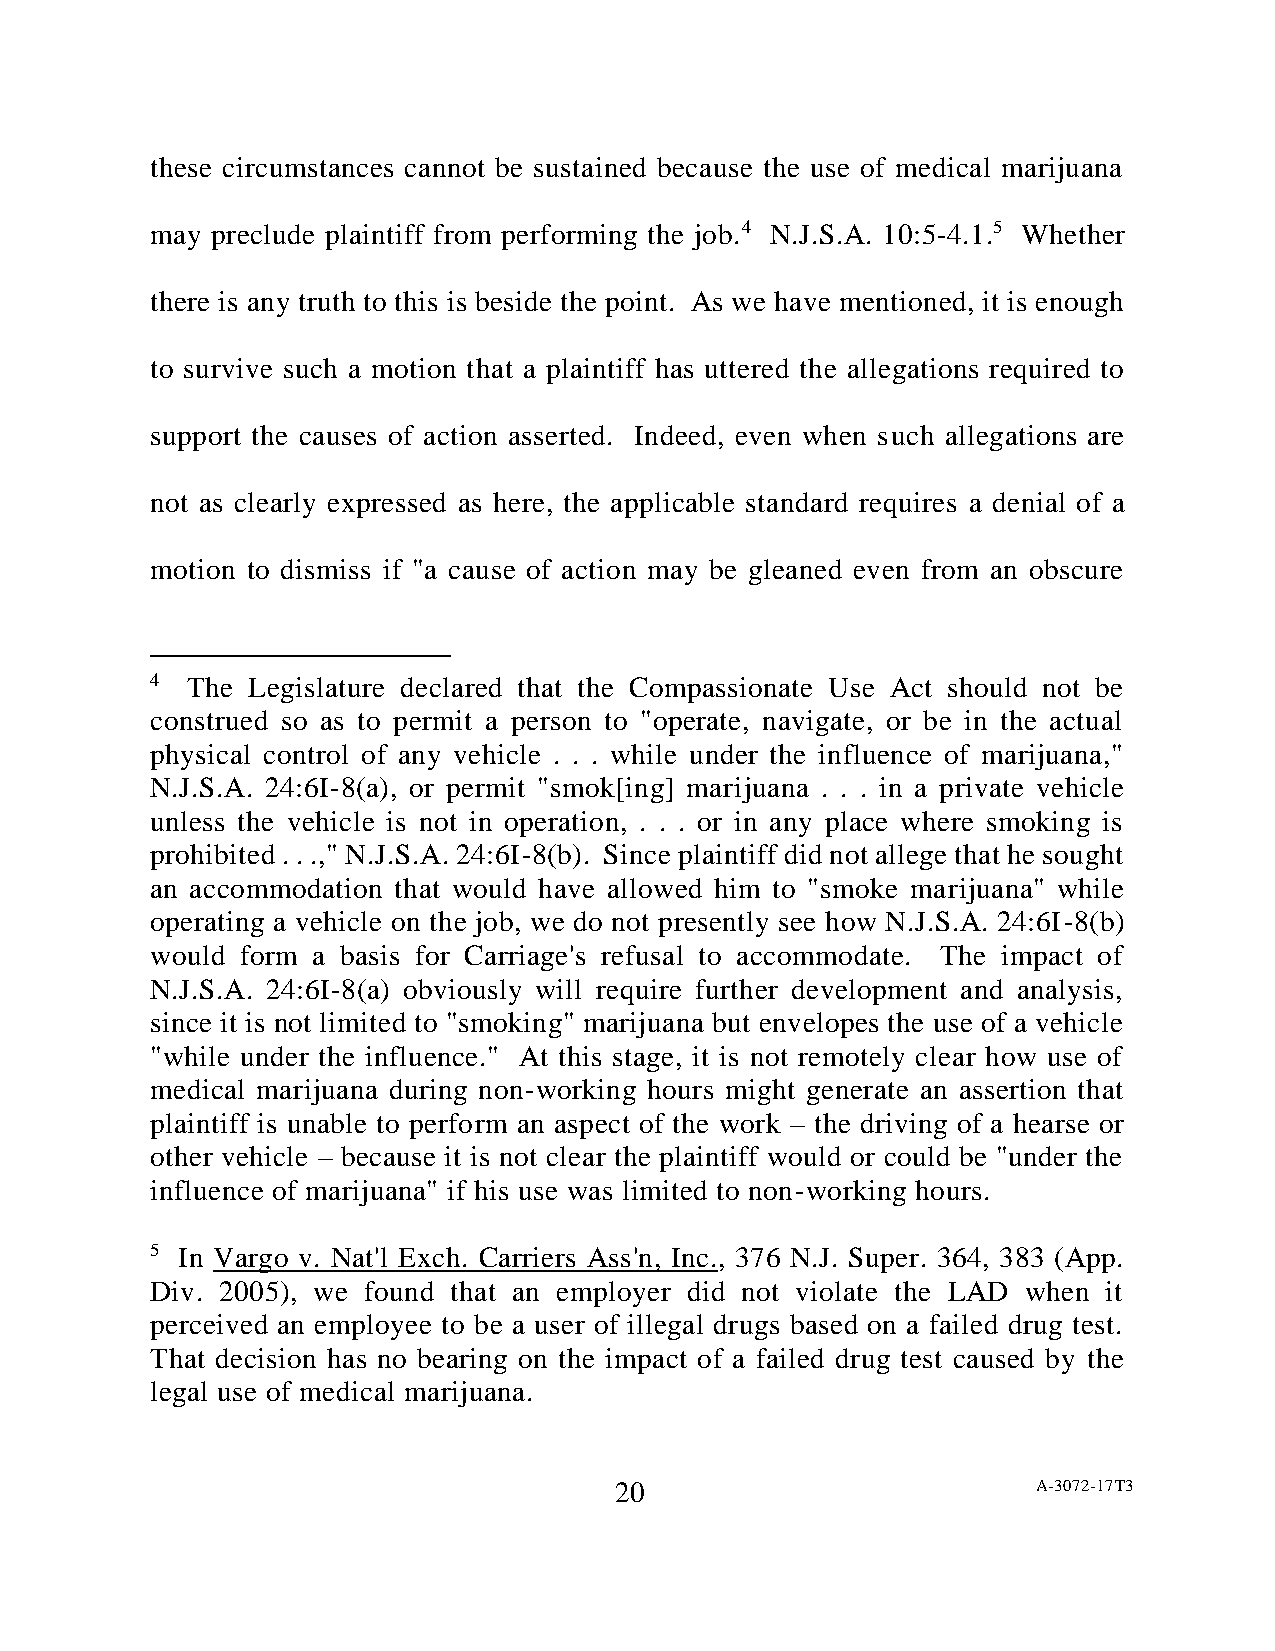
these circumstances cannot be sustained because the use of medical marijuana
 may preclude plaintiff from performing the job.4 N.J.S.A. 10:5-4.1.5 Whether
 there is any truth to this is beside the point. As we have mentioned, it is enough
 to survive such a motion that a plaintiff has uttered the allegations required to
 support the causes of action asserted. Indeed, even when such allegations are
 not as clearly expressed as here, the applicable standard requires a denial of a
 motion to dismiss if "a cause of action may be gleaned even from an obscure
 4 The Legislature declared that the Compassionate Use Act should not be
 construed so as to permit a person to "operate, navigate, or be in the actual
 physical control of any vehicle . . . while under the influence of marijuana,"
 N.J.S.A. 24:6I-8(a), or permit "smok[ing] marijuana . . . in a private vehicle
 unless the vehicle is not in operation, . . . or in any place where smoking is
 prohibited . . .," N.J.S.A. 24:6I-8(b). Since plaintiff did not allege that he sought
 an accommodation that would have allowed him to "smoke marijuana" while
 operating a vehicle on the job, we do not presently see how N.J.S.A. 24:6I-8(b)
 would form a basis for Carriage's refusal to accommodate. The impact of
 N.J.S.A. 24:6I-8(a) obviously will require further development and analysis,
 since it is not limited to "smoking" marijuana but envelopes the use of a vehicle
 "while under the influence." At this stage, it is not remotely clear how use of
 medical marijuana during non-working hours might generate an assertion that
 plaintiff is unable to perform an aspect of the work – the driving of a hearse or
 other vehicle – because it is not clear the plaintiff would or could be "under the
 influence of marijuana" if his use was limited to non-working hours.
 5 In Vargo v. Nat'l Exch. Carriers Ass'n, Inc., 376 N.J. Super. 364, 383 (App.
 Div. 2005), we found that an employer did not violate the LAD when it
 perceived an employee to be a user of illegal drugs based on a failed drug test.
 That decision has no bearing on the impact of a failed drug test caused by the
 legal use of medical marijuana.
 20                          A-3072-17T3